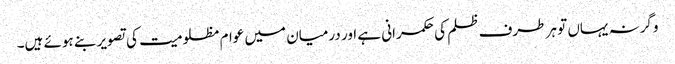
وگرنہ یہاں تو ہر طرف ظلم کی حکمرانی ہے اور درمیان میں عوام مظلومیت کی تصویر بنے ہوئے ہیں۔